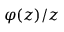
\varphi ( z ) / z